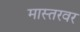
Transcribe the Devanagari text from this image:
मास्तरवर